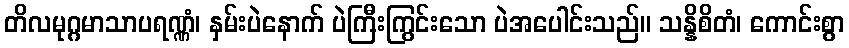
တိလမုဂ္ဂမာသာပရဏ္ဏံ၊ နှမ်းပဲနောက် ပဲကြီးကြွင်းသော ပဲအပေါင်းသည်။ သန္နိစိတံ၊ ကောင်းစွာ